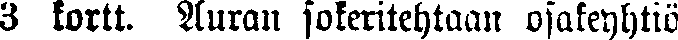
3 kortt. Auran sokeritehtaan osakeyhtiö